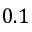
0 . 1